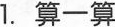
1.算一算